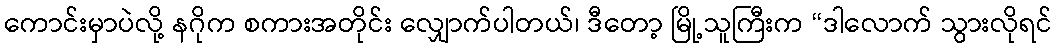
ကောင်းမှာပဲလို့ နဂိုက စကားအတိုင်း လျှောက်ပါတယ်၊ ဒီတော့ မြို့သူကြီးက “ဒါလောက် သွားလိုရင်